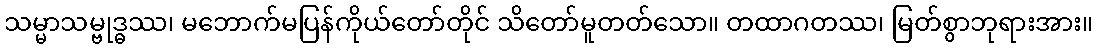
သမ္မာသမ္ဗုဒ္ဓဿ၊ မဘောက်မပြန်ကိုယ်တော်တိုင် သိတော်မူတတ်သော။ တထာဂတဿ၊ မြတ်စွာဘုရားအား။